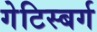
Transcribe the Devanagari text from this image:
गेटिस्बर्ग